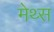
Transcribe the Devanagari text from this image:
मेथ्स